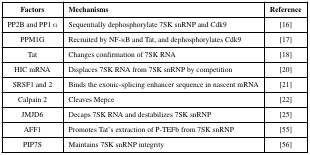
| Factors | Mechanisms | Reference |
 | --- | --- | --- |
 | PP2B and PP1 α | Sequentially dephosphorylate 7SK snRNP and Cdk9 | [16] |
 | PPM1G | Recruited by NF-κB and Tat, and dephosphorylates Cdk9 | [17] |
 | Tat | Changes confirmation of 7SK RNA | [18] |
 | HIC mRNA | Displaces 7SK RNA from 7SK snRNP by competition | [20] |
 | SRSF1 and 2 | Binds the exonic-splicing enhancer sequence in nascent mRNA | [21] |
 | Calpain 2 | Cleaves Mepce | [22] |
 | JMJD6 | Decaps 7SK RNA and destabilizes 7SK snRNP | [25] |
 | AFF1 | Promotes Tat’s extraction of P-TEFb from 7SK snRNP | [55] |
 | PIP7S | Maintains 7SK snRNP integrity | [56] |